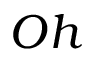
O h